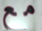
مع